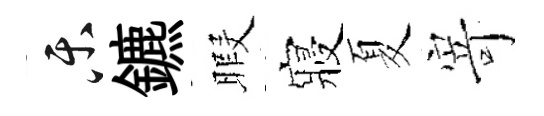
乐鑣暇寢夏𭔃